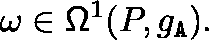
\omega \in \mathsf { \Omega } ^ { 1 } ( P , \mathfrak { g } _ { \mathtt { A } } ) .